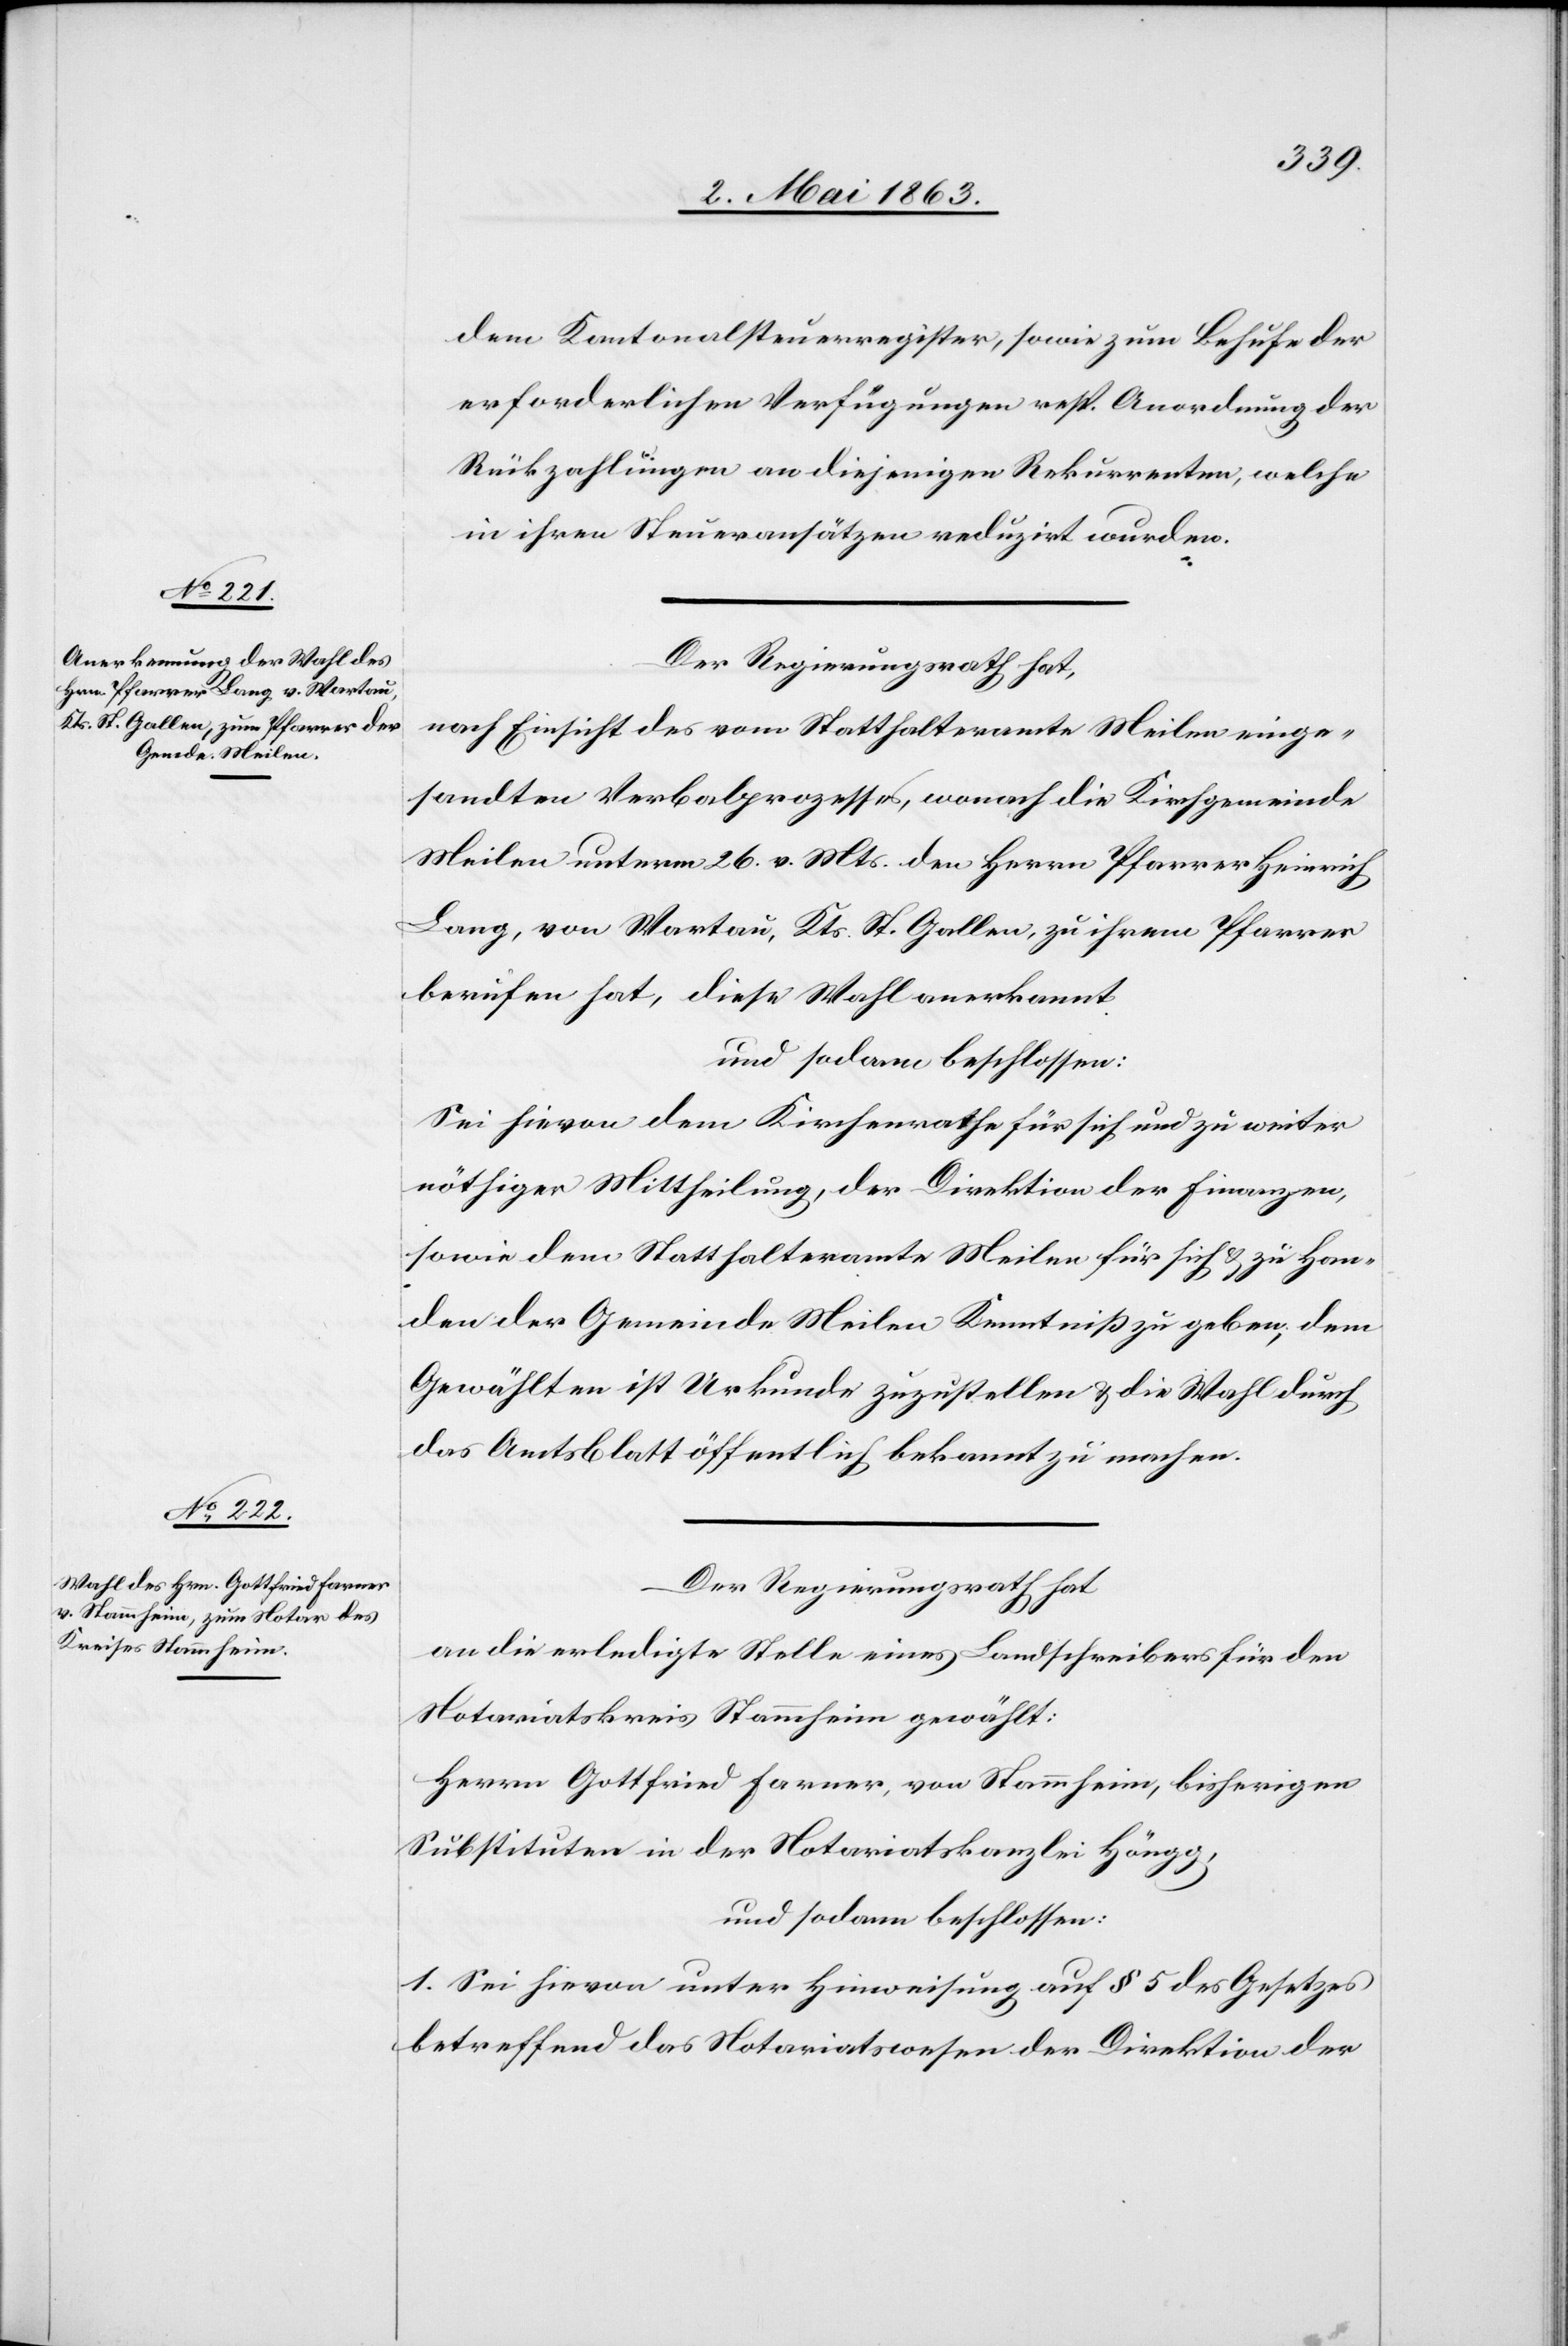
dem Kantonalsteuerregister, sowie zum Behufe der
erforderlichen Verfügungen resp. Anordnung der
Rückzahlungen an diejenigen Rekurrenten, welche
in ihren Steueransätzen reduzirt wurden.
Der Regierungsrath hat,
nach Einsicht des vom Statthalteramte Meilen einge¬
sandten Verbalprozesses, wonach die Kirchgemeinde
Meilen unterm 26. v. Mts. den Herrn Pfarrer Heinrich
Lang, von Wartau, Kts. St. Gallen, zu ihrem Pfarrer
berufen hat, diese Wahl anerkannt
und sodann beschlossen:
Sei hievon dem Kirchenrathe für sich und zu weiter
nöthiger Mittheilung, der Direktion der Finanzen,
sowie dem Statthalteramte Meilen, für sich & zu Han¬
den der Gemeinde Meilen Kenntniß zu geben; dem
Gewählten ist Urkunde zuzustellen & die Wahl durch
das Amtsblatt öffentlich bekannt zu machen.
Der Regierungsrath hat
an die erledigte Stelle eines Landschreibers für den
Notariatskreis Stammheim gewählt:
Herrn Gottfried Farner, von Stammheim, bisherigen
Substituten in der Notariatskanzlei Höngg,
und sodann beschlossen:
1. Sei hievon unter Hinweisung auf § 5 des Gesetzes
betreffend das Notariatswesen der Direktion der